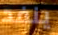
ينفد